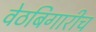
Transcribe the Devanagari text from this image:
वेठबिगारीच